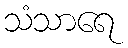
သံသာရေ